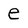
Character: e